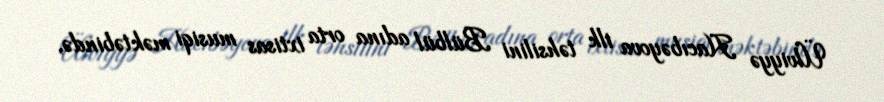
Ülviyyə Hacıbəyova ilk təhsilini Bülbül adına orta ixtisas musiqi məktəbində,